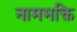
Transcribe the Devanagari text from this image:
नामभक्ति